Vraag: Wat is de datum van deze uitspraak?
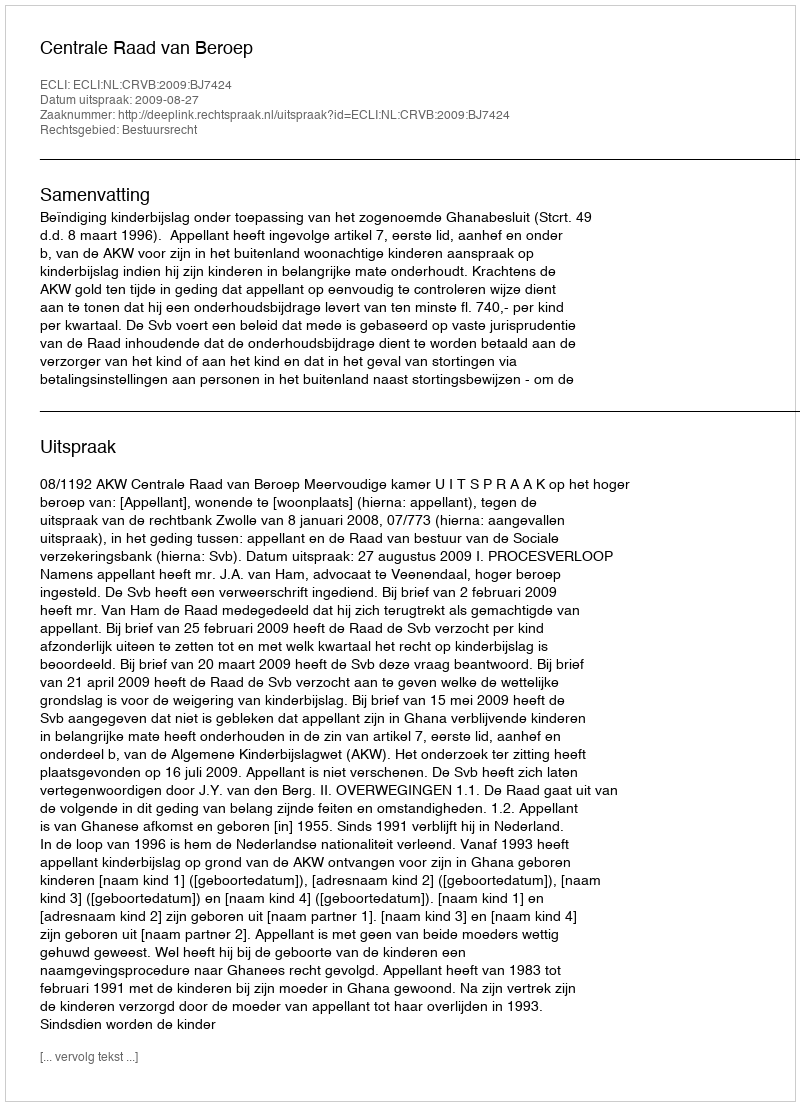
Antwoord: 2009-08-27